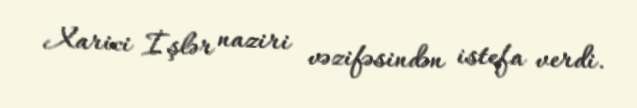
Xarici İşlər naziri vəzifəsindən istefa verdi.